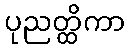
ပုညတ္ထိကာ